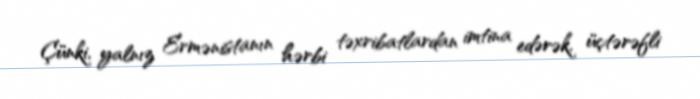
Çünki, yalnız Ermənistanın hərbi təxribatlardan imtina edərək, üçtərəfli